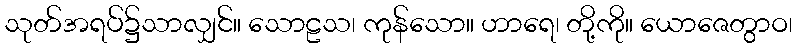
သုတ်အရပ်၌သာလျှင်။ သောဠသ၊ ကုန်သော။ ဟာရေ၊ တို့ကို။ ယောဇေတွာဝ၊